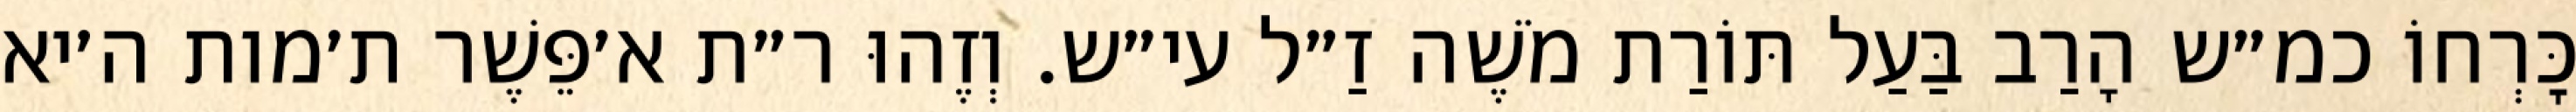
כׇּרְחוֹ כמ״ש הָרַב בַּעַל תּוֹרַת מֹשֶׁה זַ״ל עי״ש. וְזֶהוּ ר״ת א׳פֵּשֶׁר ת׳מות ה׳יא